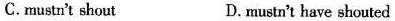
C.mustn't shout D.mustn't have shouted